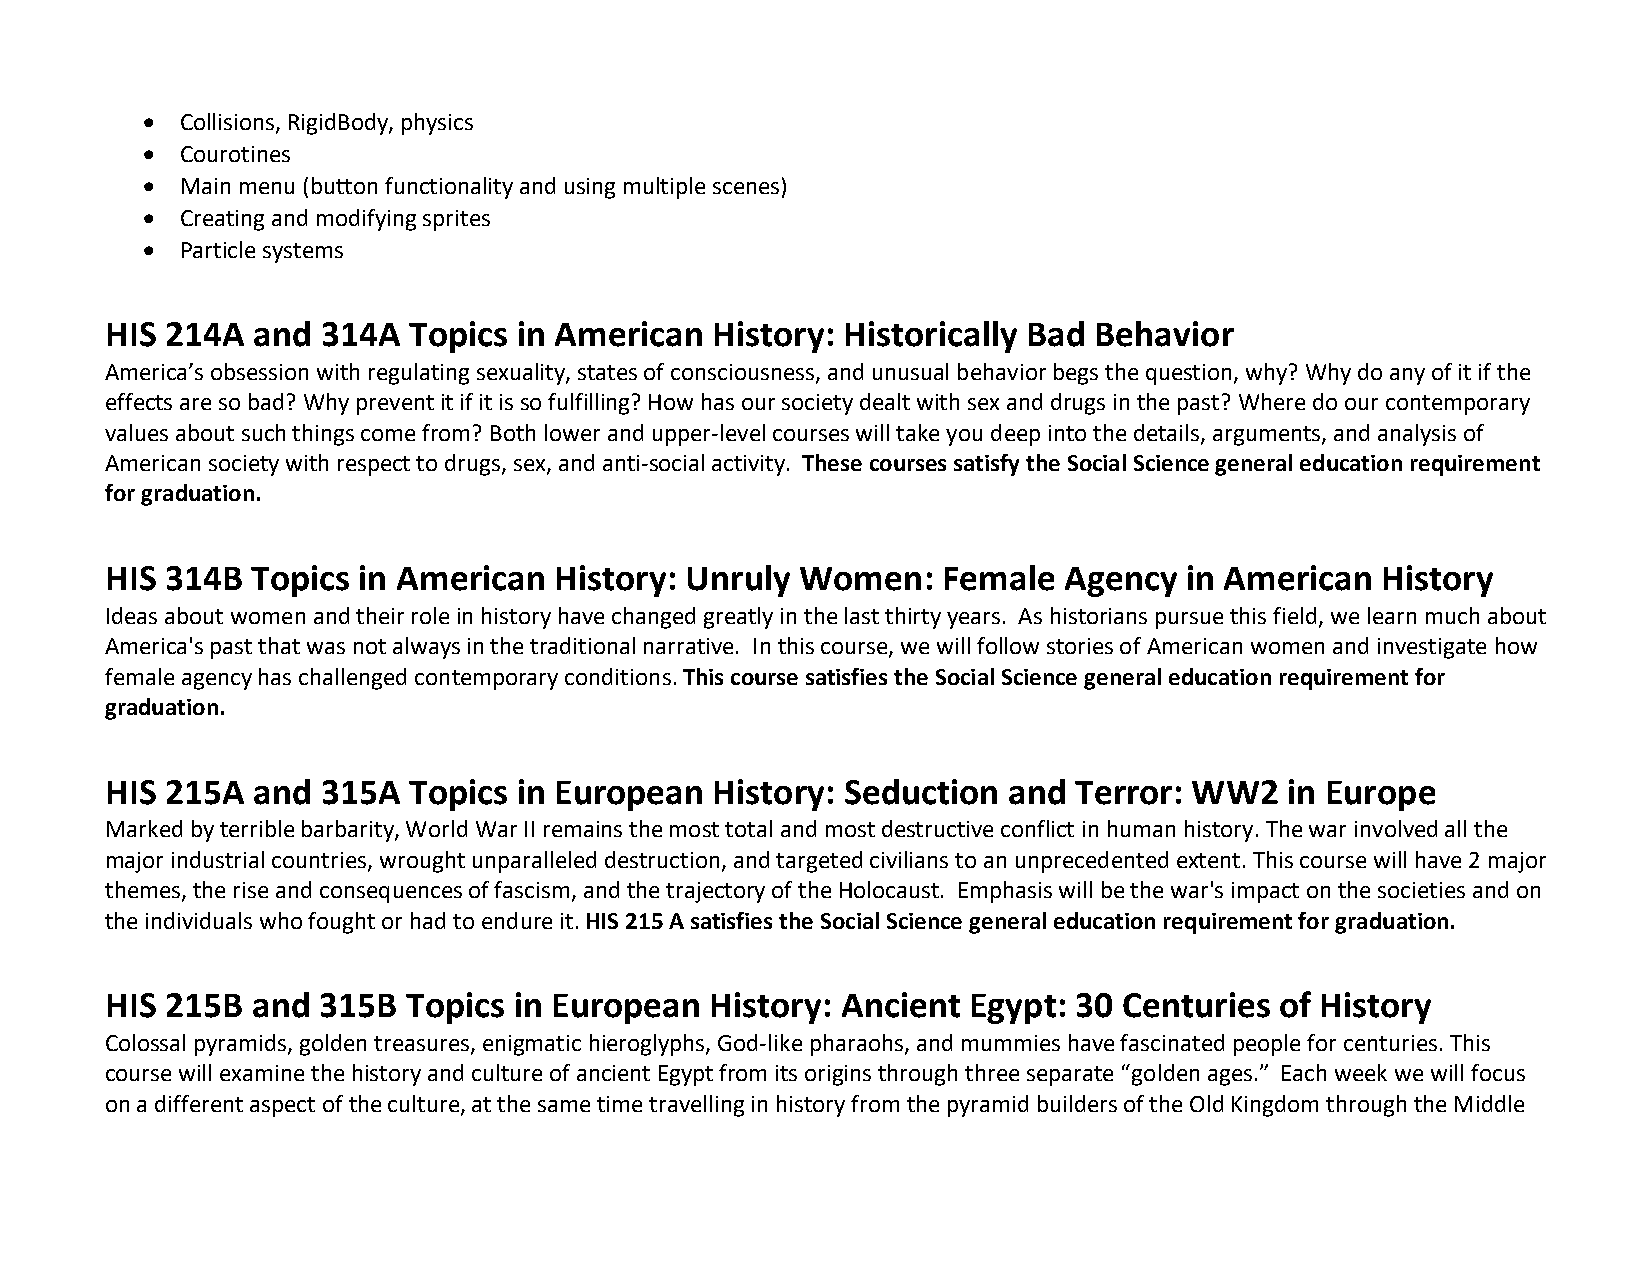
  Collisions, RigidBody, physics
   Courotines
   Main menu (button functionality and using multiple scenes)
   Creating and modifying sprites
   Particle systems
 HIS 214A  and 314A  Topics in American  History: Historically Bad Behavior
 America’s obsession with regulating sexuality, states of consciousness, and unusual behavior begs the question, why? Why do any of it if the
 effects are so bad? Why prevent it if it is so fulfilling? How has our society dealt with sex and drugs in the past? Where do our contemporary
 values about such things come from? Both lower and upper-level courses will take you deep into the details, arguments, and analysis of
 American society with respect to drugs, sex, and anti-social activity. These courses satisfy the Social Science general education requirement
 for graduation.
 HIS 314B  Topics in American  History: Unruly Women:   Female  Agency  in American  History
 Ideas about women and their role in history have changed greatly in the last thirty years. As historians pursue this field, we learn much about
 America's past that was not always in the traditional narrative. In this course, we will follow stories of American women and investigate how
 female agency has challenged contemporary conditions. This course satisfies the Social Science general education requirement for
 graduation.
 HIS 215A  and 315A  Topics in European  History: Seduction  and Terror: WW2   in Europe
 Marked by terrible barbarity, World War II remains the most total and most destructive conflict in human history. The war involved all the
 major industrial countries, wrought unparalleled destruction, and targeted civilians to an unprecedented extent. This course will have 2 major
 themes, the rise and consequences of fascism, and the trajectory of the Holocaust. Emphasis will be the war's impact on the societies and on
 the individuals who fought or had to endure it. HIS 215 A satisfies the Social Science general education requirement for graduation.
 HIS 215B  and 315B  Topics in European  History: Ancient Egypt: 30 Centuries  of History
 Colossal pyramids, golden treasures, enigmatic hieroglyphs, God-like pharaohs, and mummies have fascinated people for centuries. This
 course will examine the history and culture of ancient Egypt from its origins through three separate “golden ages.” Each week we will focus
 on a different aspect of the culture, at the same time travelling in history from the pyramid builders of the Old Kingdom through the Middle